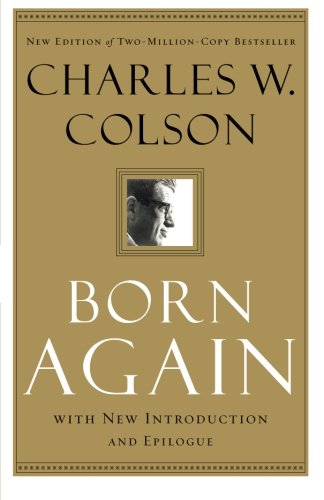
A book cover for Born Again; Charles W. Colson; Law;